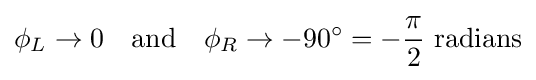
\phi _{L}\to 0\quad {\mbox{and}}\quad \phi _{R}\to -90^{\circ }=-{\frac {\pi }{2}}{\mbox{ radians}}